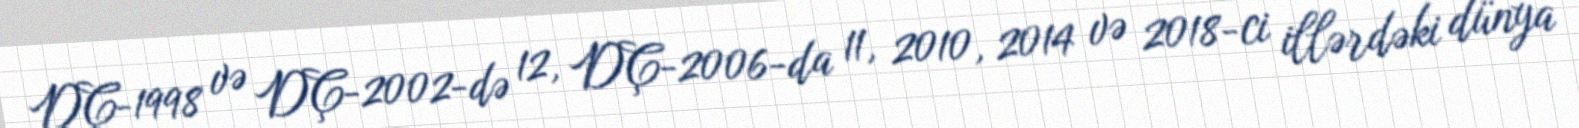
DÇ-1998 və DÇ-2002-də 12, DÇ-2006-da 11, 2010, 2014 və 2018-ci illərdəki dünya